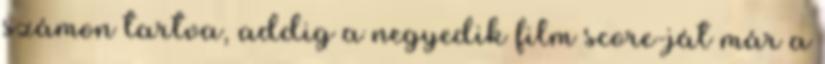
számon tartva, addig a negyedik film score-ját már a